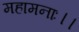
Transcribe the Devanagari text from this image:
महामनाः।।